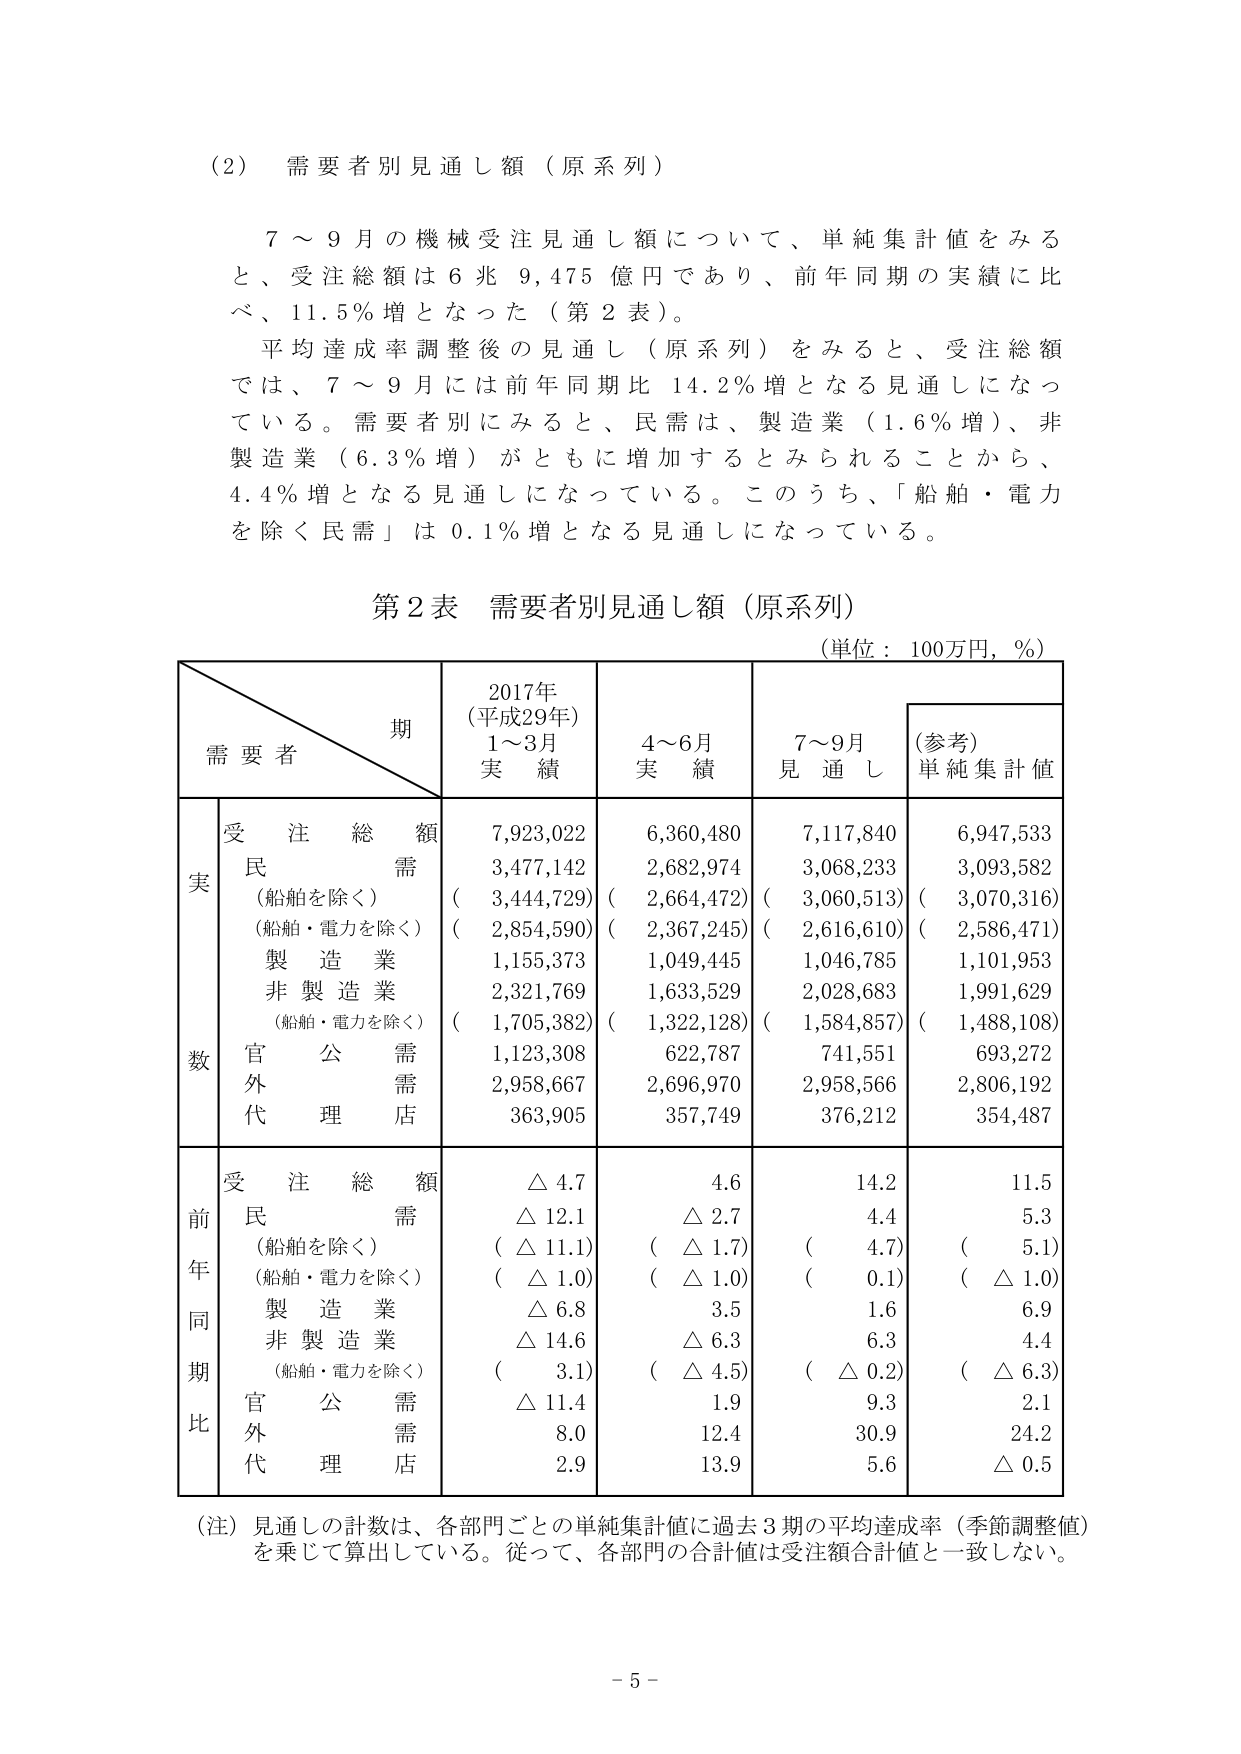
(2) 需要者別見通し額（原系列）

7～9月の機械受注見通し額について、単純集計値をみると、受注総額は6兆9,475億円であり、前年同期の実績に比べ、11.5％増となった（第2表）。

平均達成率調整後の見通し（原系列）をみると、受注総額では、7～9月には前年同期比14.2％増となる見通しになっている。需要者別にみると、民需は、製造業（1.6％増）、非製造業（6.3％増）がともに増加するとみられることから、4.4％増となる見通しになっている。このうち、「船舶・電力を除く民需」は0.1％増となる見通しになっている。

第2表 需要者別見通し額（原系列）
（単位：100万円，％）

期
需要者
2017年（平成29年）1～3月実績
4～6月実績
7～9月見通し
（参考）単純集計値

実数
受注総額
7,923,022
6,360,480
7,117,840
6,947,533
民需
3,477,142
2,682,974
3,068,233
3,093,582
（船舶を除く）
（3,444,729）
（2,664,472）
（3,060,513）
（3,070,316）
（船舶・電力を除く）
（2,854,590）
（2,367,245）
（2,616,610）
（2,586,471）
製造業
1,155,373
1,049,445
1,046,785
1,101,953
非製造業
2,321,769
1,633,529
2,028,683
1,991,629
（船舶・電力を除く）
（1,705,382）
（1,322,128）
（1,584,857）
（1,488,108）
官公需
1,123,308
622,787
741,551
693,272
外需
2,958,667
2,696,970
2,958,566
2,806,192
代理店
363,905
357,749
376,212
354,487

前年同期比
受注総額
△4.7
4.6
14.2
11.5
民需
△12.1
△2.7
4.4
5.3
（船舶を除く）
（△11.1）
（△1.7）
（4.7）
（5.1）
（船舶・電力を除く）
（△1.0）
（△1.0）
（0.1）
（△1.0）
製造業
△6.8
3.5
1.6
6.9
非製造業
△14.6
△6.3
6.3
4.4
（船舶・電力を除く）
（3.1）
（△4.5）
（△0.2）
（△6.3）
官公需
△11.4
1.9
9.3
2.1
外需
8.0
12.4
30.9
24.2
代理店
2.9
13.9
5.6
△0.5

（注）見通しの計数は、各部門ごとの単純集計値に過去3期の平均達成率（季節調整値）を乗じて算出している。従って、各部門の合計値は受注額合計値と一致しない。

- 5 -